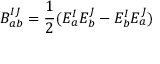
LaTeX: B _ { a b } ^ { I J } = { \frac { 1 } { 2 } } ( E _ { a } ^ { I } E _ { b } ^ { J } - E _ { b } ^ { I } E _ { a } ^ { J } )